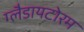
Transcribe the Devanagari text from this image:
ग्लैडायटोरम